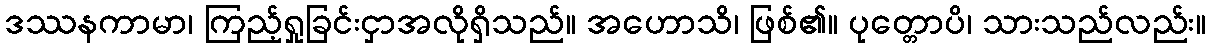
ဒဿနကာမာ၊ ကြည့်ရှုခြင်းငှာအလိုရှိသည်။ အဟောသိ၊ ဖြစ်၏။ ပုတ္တောပိ၊ သားသည်လည်း။